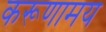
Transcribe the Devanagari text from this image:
करूणामय